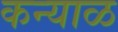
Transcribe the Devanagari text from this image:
कन्याळ